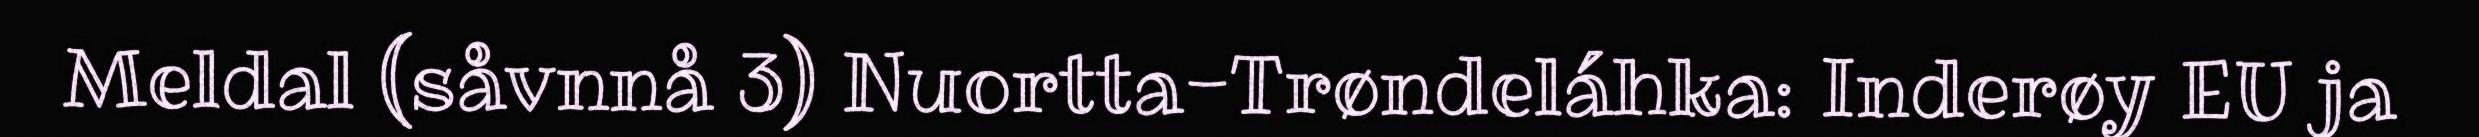
Meldal (såvnnå 3) Nuortta-Trøndeláhka: Inderøy EU ja